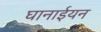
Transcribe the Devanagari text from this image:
घानाईयन